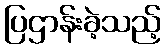
ပြဌာန်းခဲ့သည့်